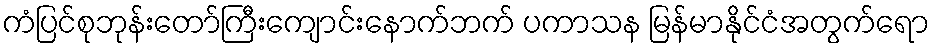
ကံပြင်စုဘုန်းတော်ကြီးကျောင်းနောက်ဘက် ပကာသန မြန်မာနိုင်ငံအတွက်ရော